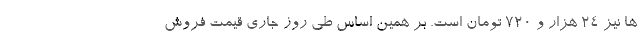
ها نیز ۲۴ هزار و ۷۲۰ تومان است. بر همین‌ اساس طی روز جاری قیمت فروش